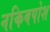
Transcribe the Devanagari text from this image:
नकिबपोश